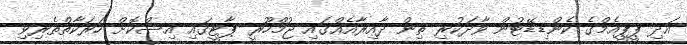
އަދި ޕީޕީއެމްގެ ކެންޑިޑޭޓުން ވާދަކުރި ތިން ދާއިރާއެއްގައި ޖުމްހޫރީ ޕާޓީގައި އިސްކޮށް ހަރަކާތްތެރިވި